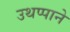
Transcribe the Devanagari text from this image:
उथप्पाने